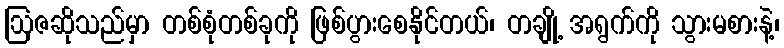
ဩဇဆိုသည်မှာ တစ်စုံတစ်ခုကို ဖြစ်ပွားစေနိုင်တယ်၊ တချို့ အရွက်ကို သွားမစားနဲ့၊